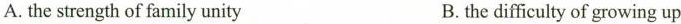
A.the strength of family unity B. the difficulty of growing up